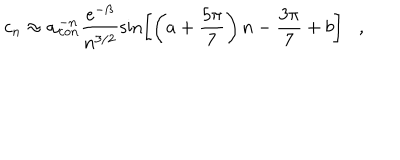
c _ { n } \approx \alpha _ { c o n } ^ { - n } \frac { e ^ { - \beta } } { n ^ { 3 / 2 } } \sin \left[ \left( a + { \frac { 5 \pi } { 7 } } \right) n - { \frac { 3 \pi } { 7 } } + b \right] ,